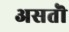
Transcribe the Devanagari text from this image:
असतॊ